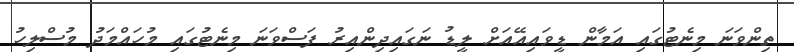
ތިންވަނަ މިނެޓުގައި އަމާން ޑީވައިއޭއަށް ލީޑު ނަގައިދިންއިރު ފަސްވަނަ މިނެޓުގައި މުހައްމަދު މުސްލިހު